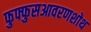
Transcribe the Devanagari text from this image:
फुफ्फुसआवरणशोथ